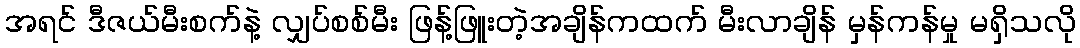
အရင် ဒီဇယ်မီးစက်နဲ့ လျှပ်စစ်မီး ဖြန့်ဖြူးတဲ့အချိန်ကထက် မီးလာချိန် မှန်ကန်မှု မရှိသလို